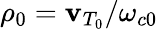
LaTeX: \rho_{0}=\mathbf{v}_{T_{0}}/\omega_{c0}